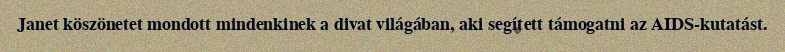
Janet köszönetet mondott mindenkinek a divat világában, aki segített támogatni az AIDS-kutatást.